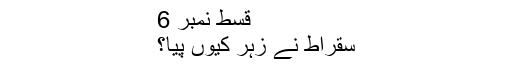
قسط نمبر 6
سقراط نے زہر کیوں پیا؟